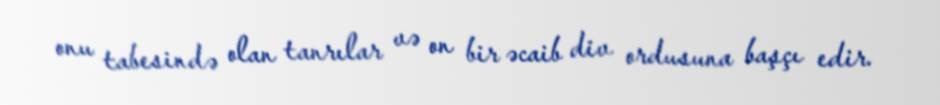
onu tabesində olan tanrılar və on bir əcaib div ordusuna başçı edir.